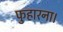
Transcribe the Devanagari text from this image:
फुहारना।